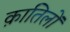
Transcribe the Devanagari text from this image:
क़ातिलों